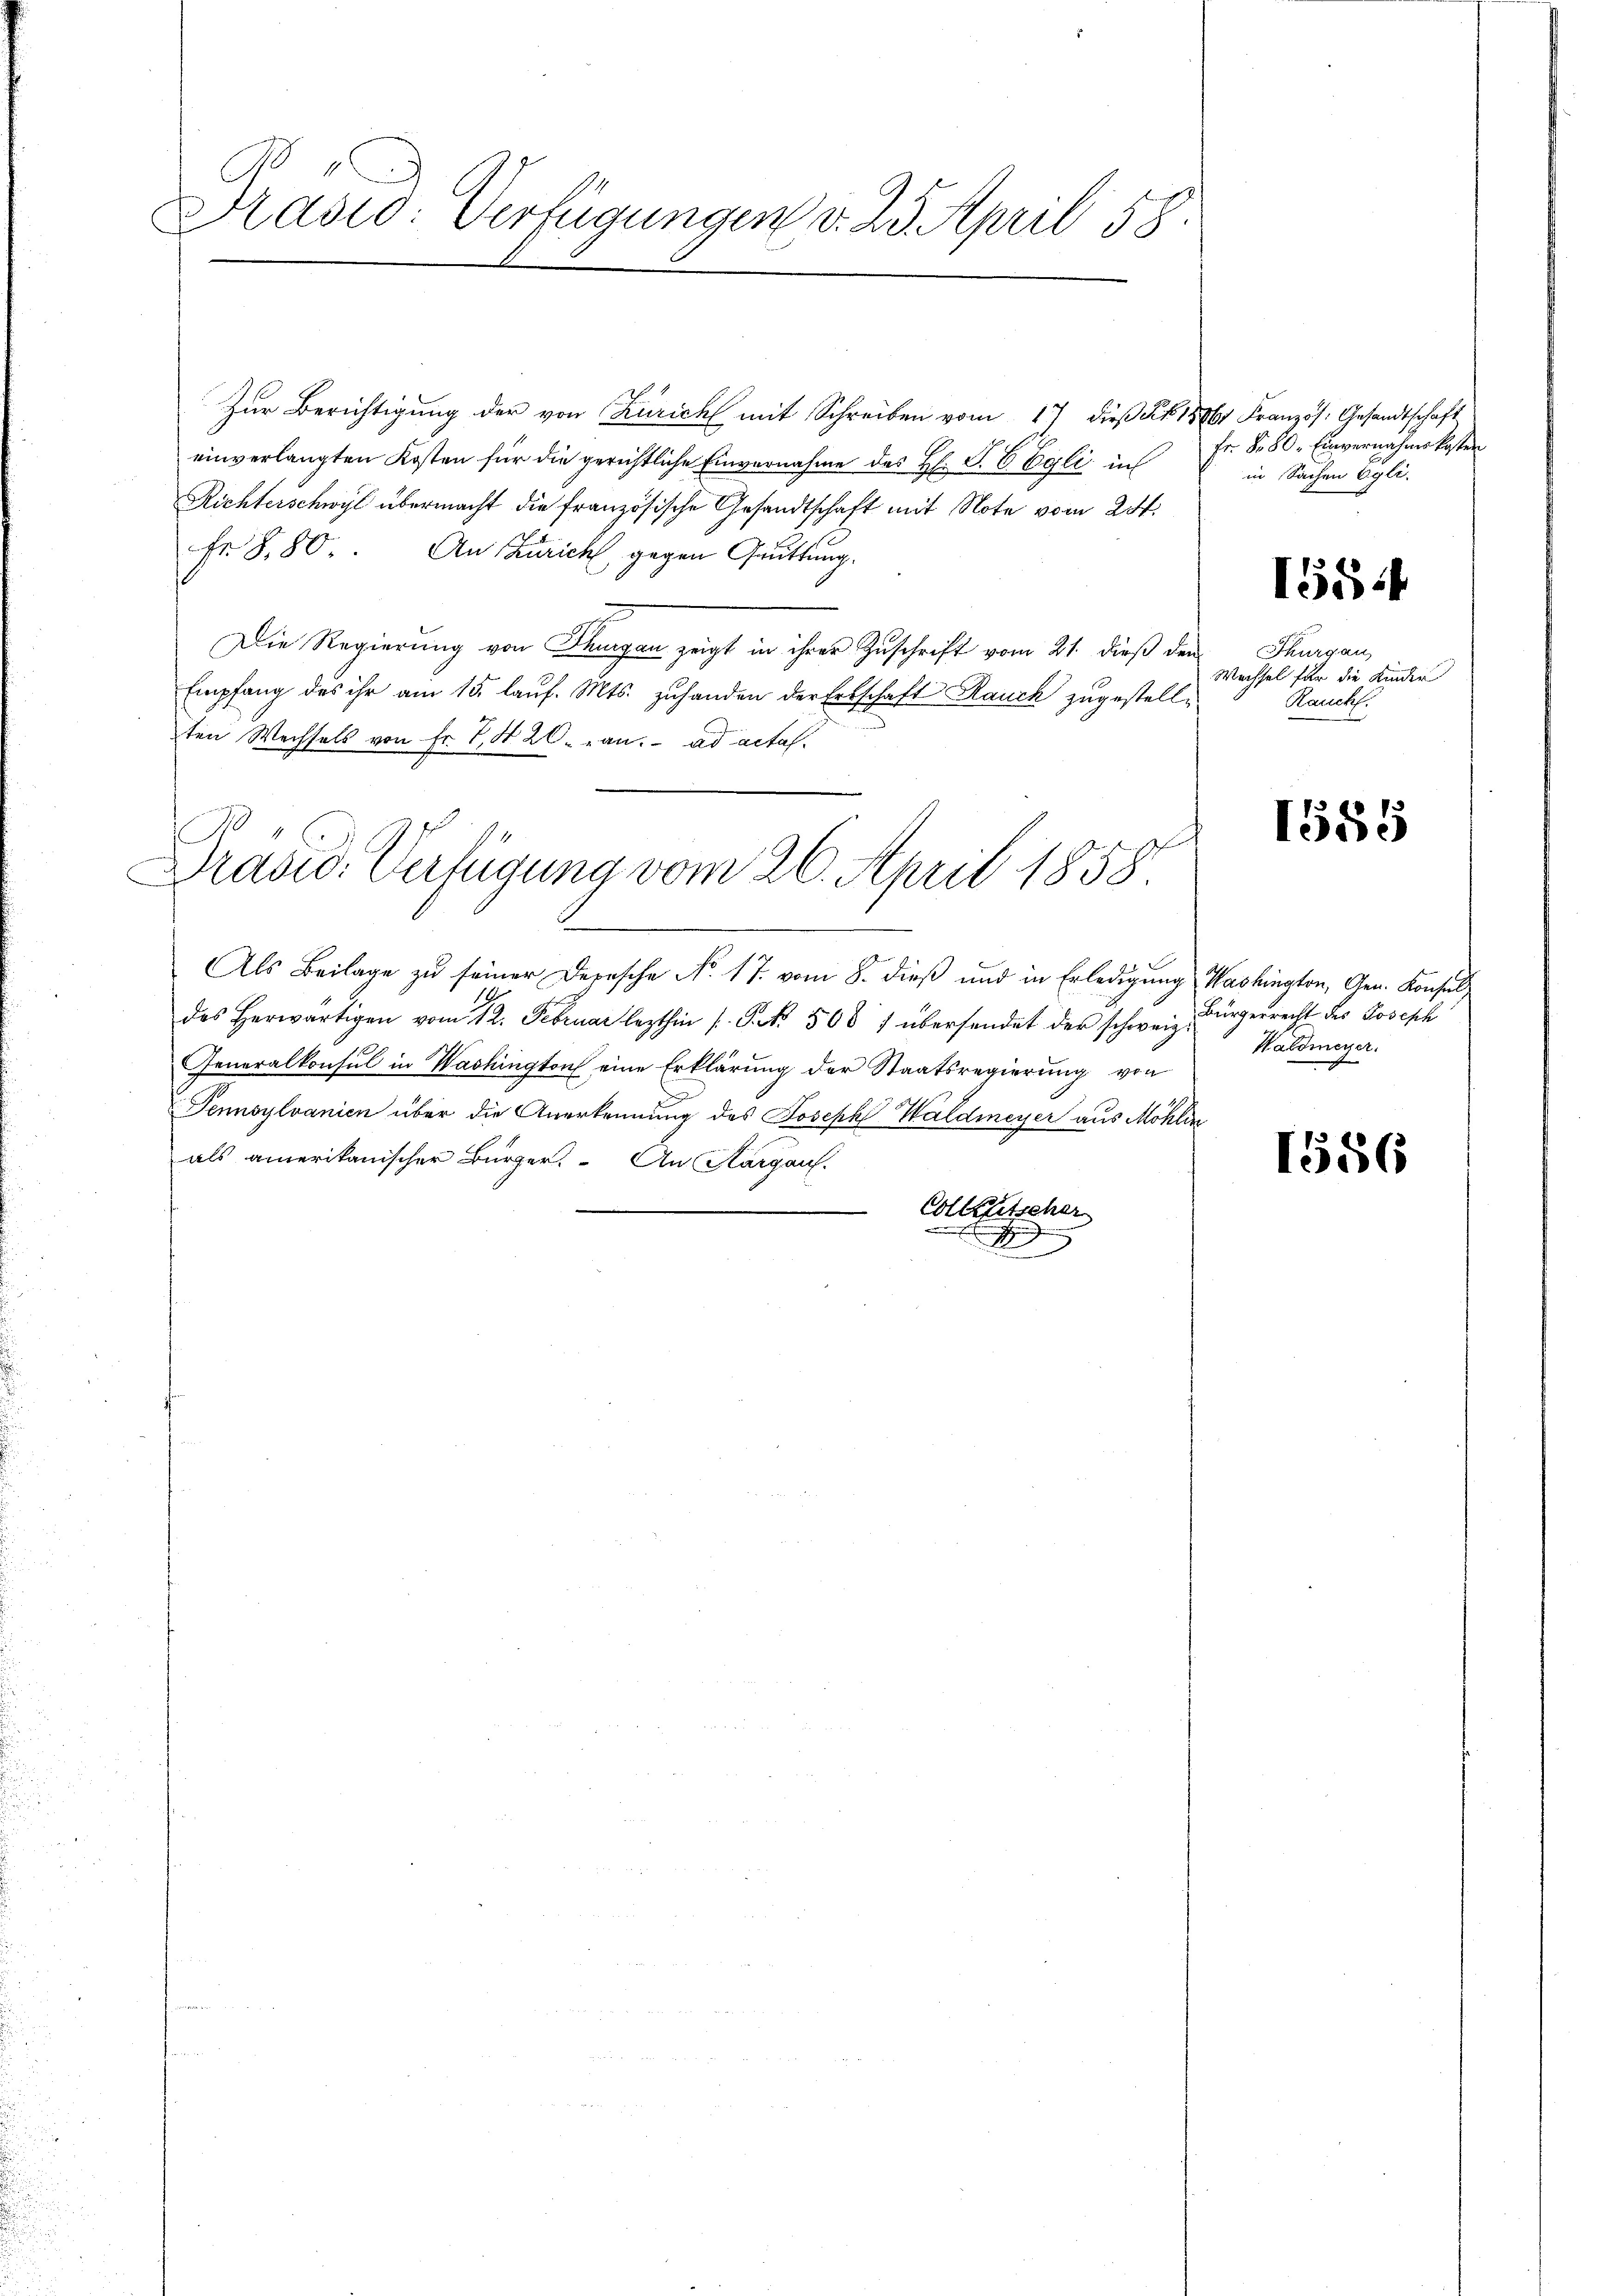
Präsid. Verfügungen d. 25. April 58

Zur Berichtigung der von Zürich mit Schreiben vom 17 dieß §. 1876 Französ. Gesandtschaft
einverlangten Kosten für die gerichtliche Einvernahme des H: S. 6 Egli in
Richterschwyl übermacht die französische Gesandtschaft mit Note vom 24.
Fr. 880. An Zürich, gegen Grüttung.
Die Regierung von Thurgau zeigt in ihrer Zuschrift vom 21. dieß den
Empfang des ihr am 15. laŭf. Mts. zuhanden der Erbschaft Rauch zugestell-
ten Wechsels von Fr. 1, 20. an. ad acta.
Drasis. Verfügung vom 26. April 1858

Als Beilage zŭ seiner Depesche No. 17. vom 8. dieß und in Erledigung Washington, Gen. Konsul
des herwärtigen vom 12. Februar lezthin s. S. Nr. 500 f übersendet der schweiz.
Generalkonsul in Washington eine Erklärung der Staatsregierung von
Pennsylvanien über die Anerkennung des Joseph Waldmeyer aus Möhlin
als amerikanischer Bürger. An Thurgau.
Colleutscher
I

Fr. S. 80. Einvernahme kosten
in Sachen Egli.

1554

Thurgau
Wechsel für die Kinder
Rauch.

1585

Bürgerrecht des Joseph
Hardmeyer.

1556